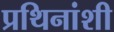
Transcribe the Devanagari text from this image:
प्रथिनांशी